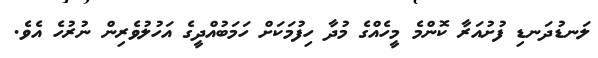
ލަނޑުދަނޑި ފުށުއަރާ ކޮންމެ މީހެއްގެ މުދާ ހިފުމަކަށް ހަމަބުއްދީގެ އަހުލުވެރިން ނުރުހެ އެވެ.